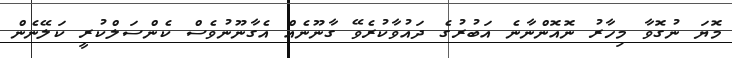
މޮޔަ ނުގޮވާ މިހާރު ނޮއޮންނާނެ އަބުރުގެ ދައުވާކުރެވޭ ގާނޫނެއް އެގާނޫނުވެސް ކެންސަލްކުރީ ކަލޭނެން